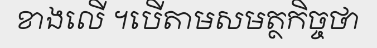
ខាងលើ ។បើតាមសមត្ថកិច្ចថា